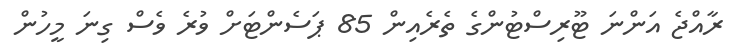
ރާއްޖެ އަންނަ ޓޫރިސްޓުންގެ ތެރެއިން 85 ޕަސެންޓަށް ވުރެ ވެސް ގިނަ މީހުން